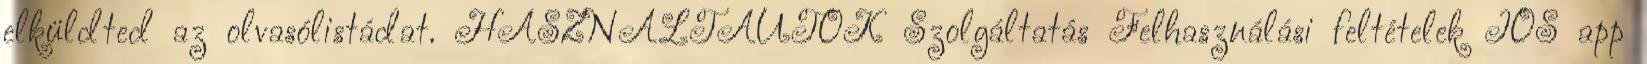
elküldted az olvasólistádat. HASZNÁLTAUTÓK Szolgáltatás Felhasználási feltételek IOS app